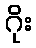
ဂိုး